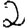
Digit: 2